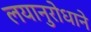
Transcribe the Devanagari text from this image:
लयानुरोधाने